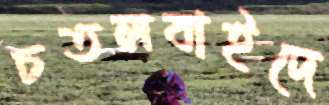
চতলবাইদে